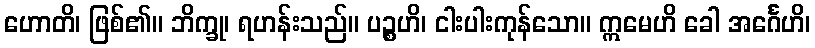
ဟောတိ၊ ဖြစ်၏။ ဘိက္ခု၊ ရဟန်းသည်။ ပဉ္စဟိ၊ ငါးပါးကုန်သော။ ဣမေဟိ ခေါ အင်္ဂေဟိ၊